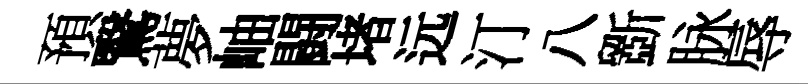
預鷖夢岫闘堵远汀八斵脉辱